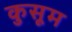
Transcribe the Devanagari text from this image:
कुसूम